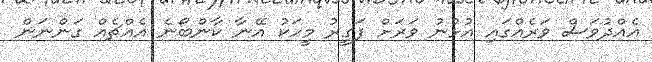
އެއްދުވަސް ވަރެއްގައި އުޅުނު ވަރަށް ފަގީރު މީހަކު އޭނާ ކާންބޯނެ އެއްޗެއް ގަންނަން